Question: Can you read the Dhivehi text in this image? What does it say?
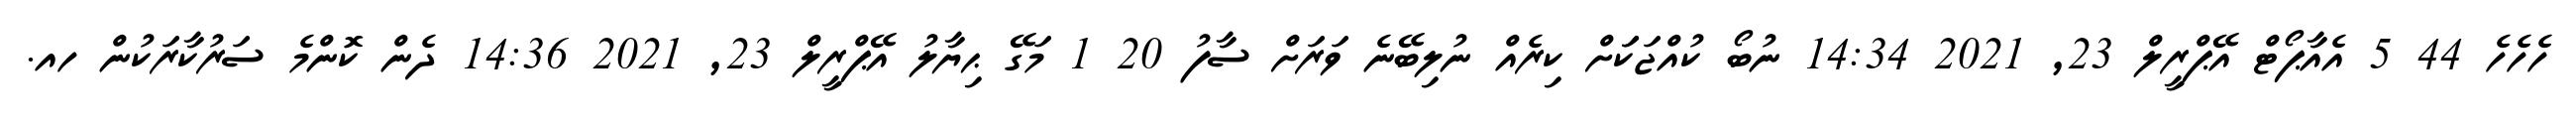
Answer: ހެހެހެ 44 5 އެއާޕޯޓް އޭޕްރީލް 23, 2021 14:34 ނުބޯ ކުއްޖަކަަށް ކިރެއް ނުލިބޭނެ ވަރަށް ސާފު 20 1 މަގޭ ޙިޔާލު އޭޕްރީލް 23, 2021 14:36 ދެން ކޮންމެ ސަރުކާރަކުން ހއ.